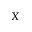
X